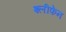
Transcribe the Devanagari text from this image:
श्लीफेन